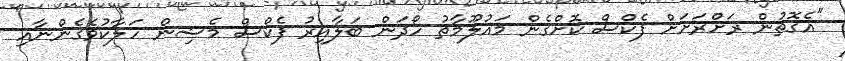
"އެގޮތުން ރަށްރަށަށް ފެކްސް ކޮށްގެން މައުލޫމާތު ހޯދަން ބަލާއިރު ފެކްސް މެޝިން ހަލާކުވެގެންނާއި